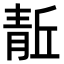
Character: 𬰘